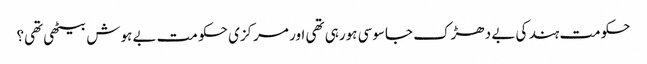
حکومت ہند کی بے دھڑک جاسوسی ہورہی تھی اور مرکزی حکو مت بے ہوش بیٹھی تھی؟